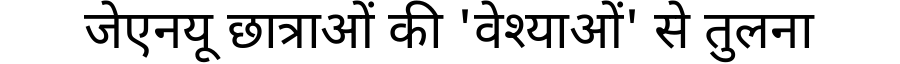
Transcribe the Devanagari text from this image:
जेएनयू छात्राओं की 'वेश्याओं' से तुलना